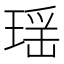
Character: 瑶